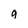
Character: 9